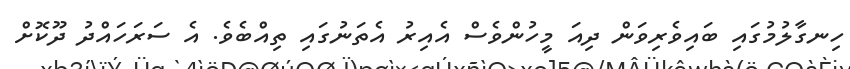
ހިނގާލުމުގައި ބައިވެރިވަން ދިއަ މީހުންވެސް އެއިރު އެތަނުގައި ތިއްބެވެ. އެ ސަރަހައްދު ދޫކޮށް